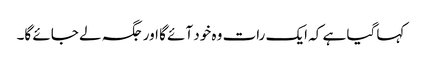
کہا گیا ہے کہ ایک رات وہ خود آئے گا اور جگہ لے جائے گا۔